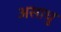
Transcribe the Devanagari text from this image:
असाधु